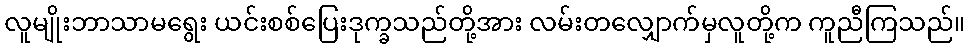
လူမျိုးဘာသာမရွေး ယင်းစစ်ပြေးဒုက္ခသည်တို့အား လမ်းတလျှောက်မှလူတို့က ကူညီကြသည်။